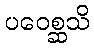
ပဝေစ္ဆသိ